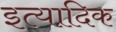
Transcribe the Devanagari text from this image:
इत्यादिक